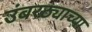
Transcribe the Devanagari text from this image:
उंबरठ्याच्या